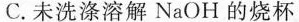
C.未洗涤溶解NaOH的烧杯